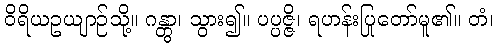
ဝိရိယဥယျာဉ်သို့။ ဂန္တွာ၊ သွား၍။ ပပ္ပဇ္ဇိ၊ ရဟန်းပြုတော်မူ၏။ တံ၊